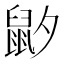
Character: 𱌍